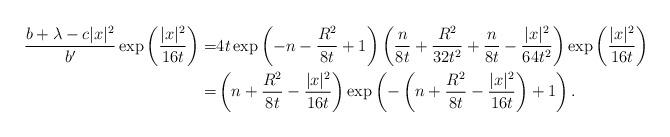
LaTeX: \begin{align*}\frac{b+\lambda-c|x|^2}{b'}\exp\left(\frac{|x|^2}{16t}\right)=&4t\exp\left(-n-\frac{R^2}{8t}+1\right)\left(\frac{n}{8t}+\frac{R^2}{32t^2}+\frac{n}{8t}-\frac{|x|^2}{64t^2}\right)\exp\left(\frac{|x|^2}{16t}\right)\\=&\left(n+\frac{R^2}{8t}-\frac{|x|^2}{16t}\right)\exp\left(-\left(n+\frac{R^2}{8t}-\frac{|x|^2}{16t}\right)+1\right).\end{align*}